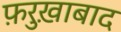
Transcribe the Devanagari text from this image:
फ़रुख़ाबाद